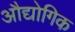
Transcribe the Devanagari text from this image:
औद्योगिक